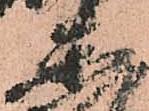
楽